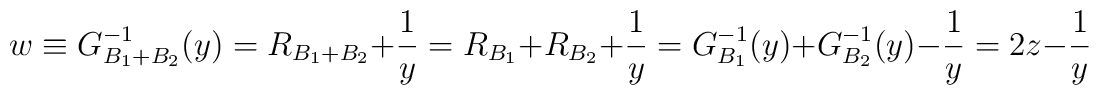
w \equiv G^{-1}_{B_1 +B_2 } (y) = R_{B_1 + B_2 } +\frac{1}{y} =R_{B_1 }  + R_{B_2 }   +\frac{1}{y} = G^{-1}_{B_1  } (y)  + G^{-1}_{B_2 } (y)-\frac{1}{y} =2z-\frac{1}{y}